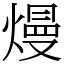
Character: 熳